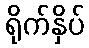
ရိုက်နှိပ်